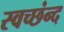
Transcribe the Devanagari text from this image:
स्वच्छंन्द